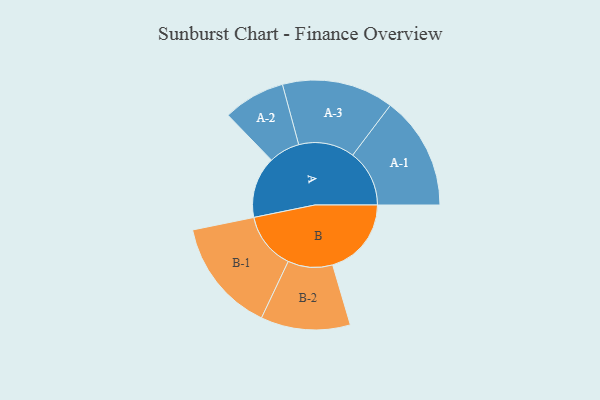
{"axis": {"x": "Segment", "y": "Value"}, "legend": ["", "A", "B"], "data": [{"x": "A", "y": 309, "type": ""}, {"x": "B", "y": 396, "type": ""}, {"x": "A-1", "y": 285, "type": "A"}, {"x": "A-2", "y": 156, "type": "A"}, {"x": "A-3", "y": 281, "type": "A"}, {"x": "B-1", "y": 286, "type": "B"}, {"x": "B-2", "y": 225, "type": "B"}]}